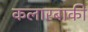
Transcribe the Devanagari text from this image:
कलारबाकी